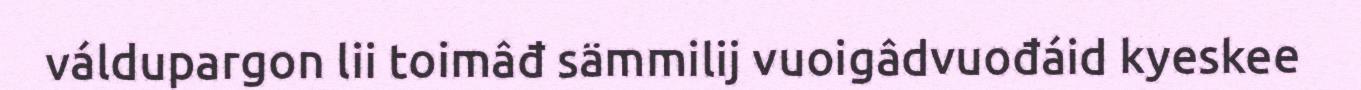
váldupargon lii toimâđ sämmilij vuoigâdvuođáid kyeskee